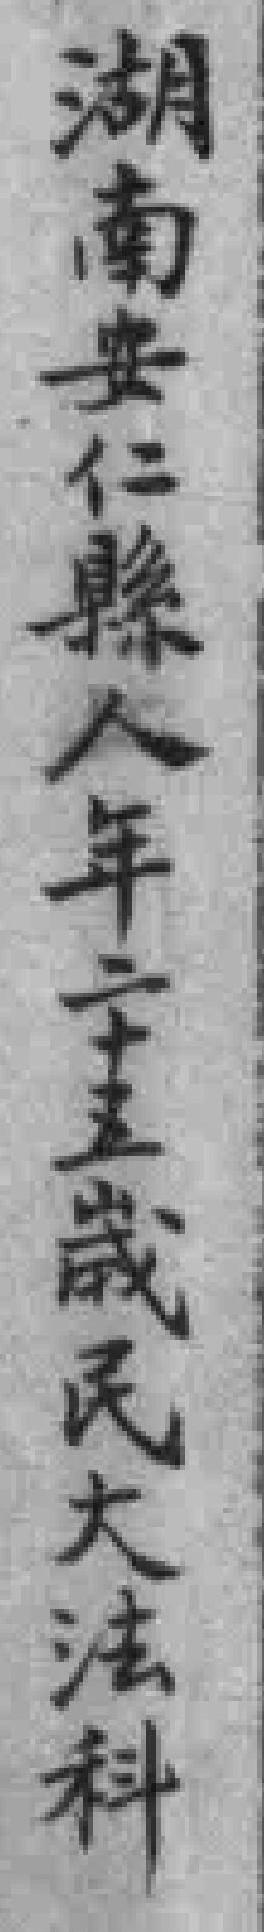
湖南安仁縣人年二十五歲民大法科